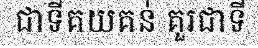
ជាទីគយគន់ គួរជាទី